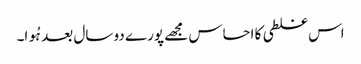
اس غلطی کا احساس مجھے پورے دو سال بعد ہُوا۔